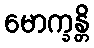
မောက္ခန္တိ